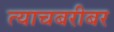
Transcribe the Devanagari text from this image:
त्याचबरीबर